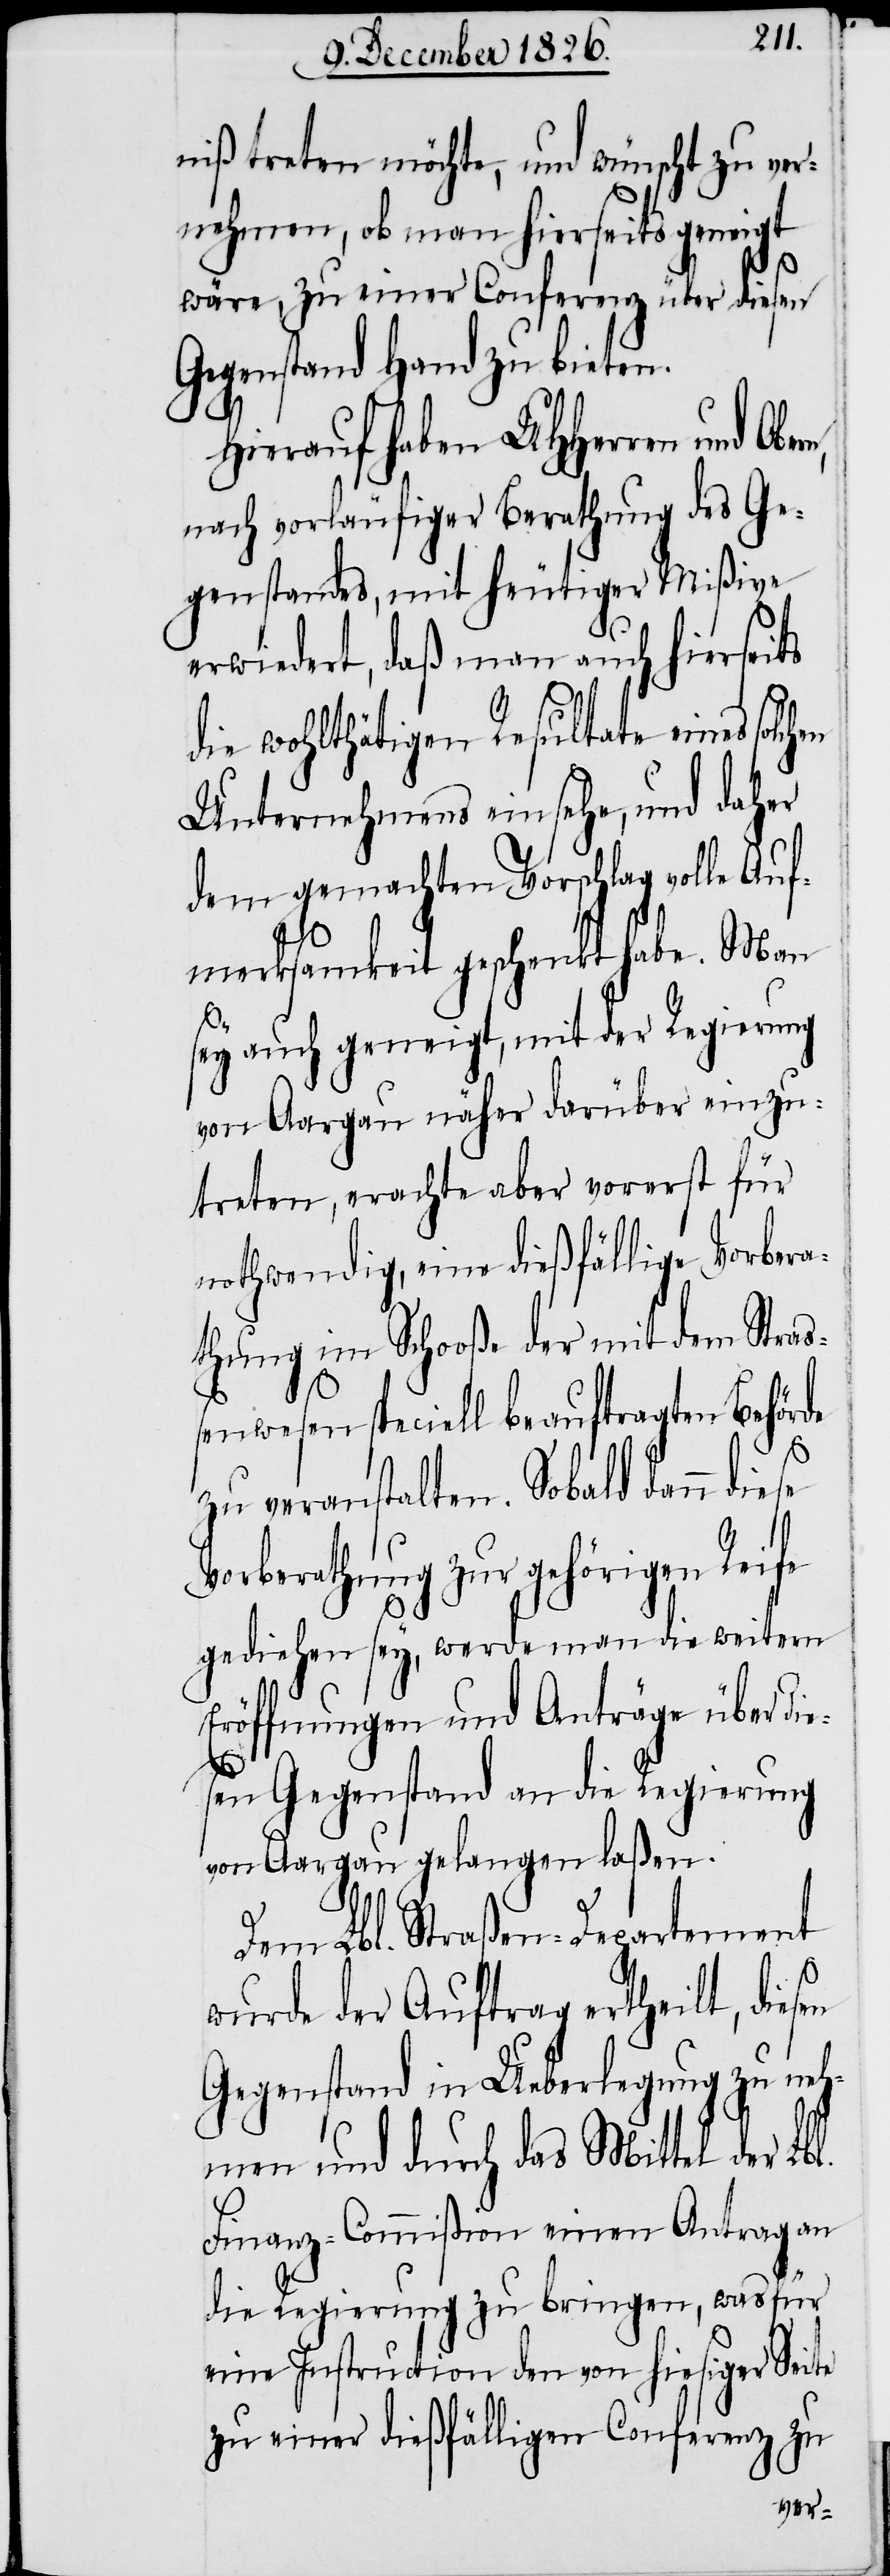
niß treten möchte, und wünscht zu ver¬
nehmen, ob man hierseits geneigt
wäre, zu einer Conferenz über diesen
Gegenstand Hand zu bieten.
Hierauf haben UHHerren und Obe¬
nach vorläufiger Berathung des Ge¬
genstandes, mit heutiger Mißive
erwiedert, daß man auch hierseits
en
die wohlthätigen Resultate eines solchen
Unternehmens einsehe, und daher
dem gemachten Vorschlag volle Auf¬
merksamkeit geschenkt habe. Man
sey auch geneigt, mit der Regierung
von Aargau näher darüber einzu¬
treten, erachte aber vorerst für
nothwendig, eine dießfällige Vorbera¬
thung im Schooße der mit dem Straß¬
enwesen speciell beauftragten Behörde
zu veranstalten. Sobald dann die¬
Vorberathung zur gehörigen Reife
gediehen sey, werde man die weitern
Eröffnungen und Anträge über di¬
esen Gegenstand an die Regierung
von Aargau gelangen laßen.
Dem Lbl. Straßen-Departement
wurde der Auftrag ertheilt, dies¬
Gegenstand in Ueberlegung zu neh¬
men und durch das Mittel der Lbl.
Finanz-Commißion einen Antrag an
die Regierung zu bringen, was für
eine Instruction den von hiesiger Seite
zu einer dießfälligen Conferenz zu